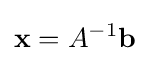
{\mathbf {x}}=A^{-1}{\mathbf {b}}